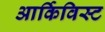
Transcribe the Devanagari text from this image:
आर्किविस्ट